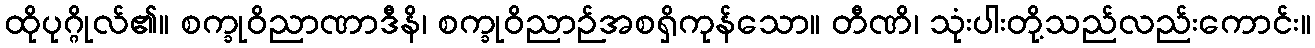
ထိုပုဂ္ဂိုလ်၏။ စက္ခုဝိညာဏာဒီနိ၊ စက္ခုဝိညာဉ်အစရှိကုန်သော။ တီဏိ၊ သုံးပါးတို့သည်လည်းကောင်း။